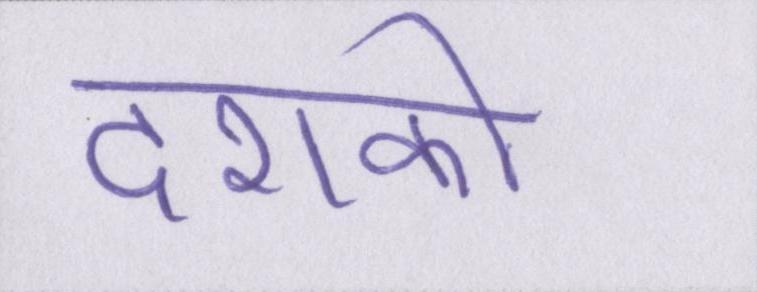
दशको